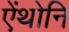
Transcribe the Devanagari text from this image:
ऐंथोनि